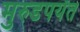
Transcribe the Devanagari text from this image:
मुरुडपर्यंत